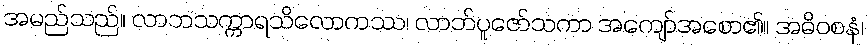
အမည်သည်။ လာဘသက္ကာရသိလောကဿ၊ လာဘ်ပူဇော်သကာ အကျော်အစော၏။ အဓိဝစနံ၊